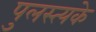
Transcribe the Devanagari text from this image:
पुलस्त्यके